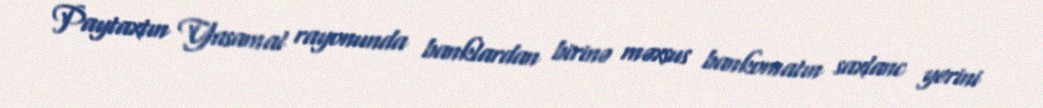
Paytaxtın Yasamal rayonunda banklardan birinə məxsus bankomatın saxlanc yerini